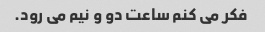
فکر می کنم ساعت دو و نیم می رود.